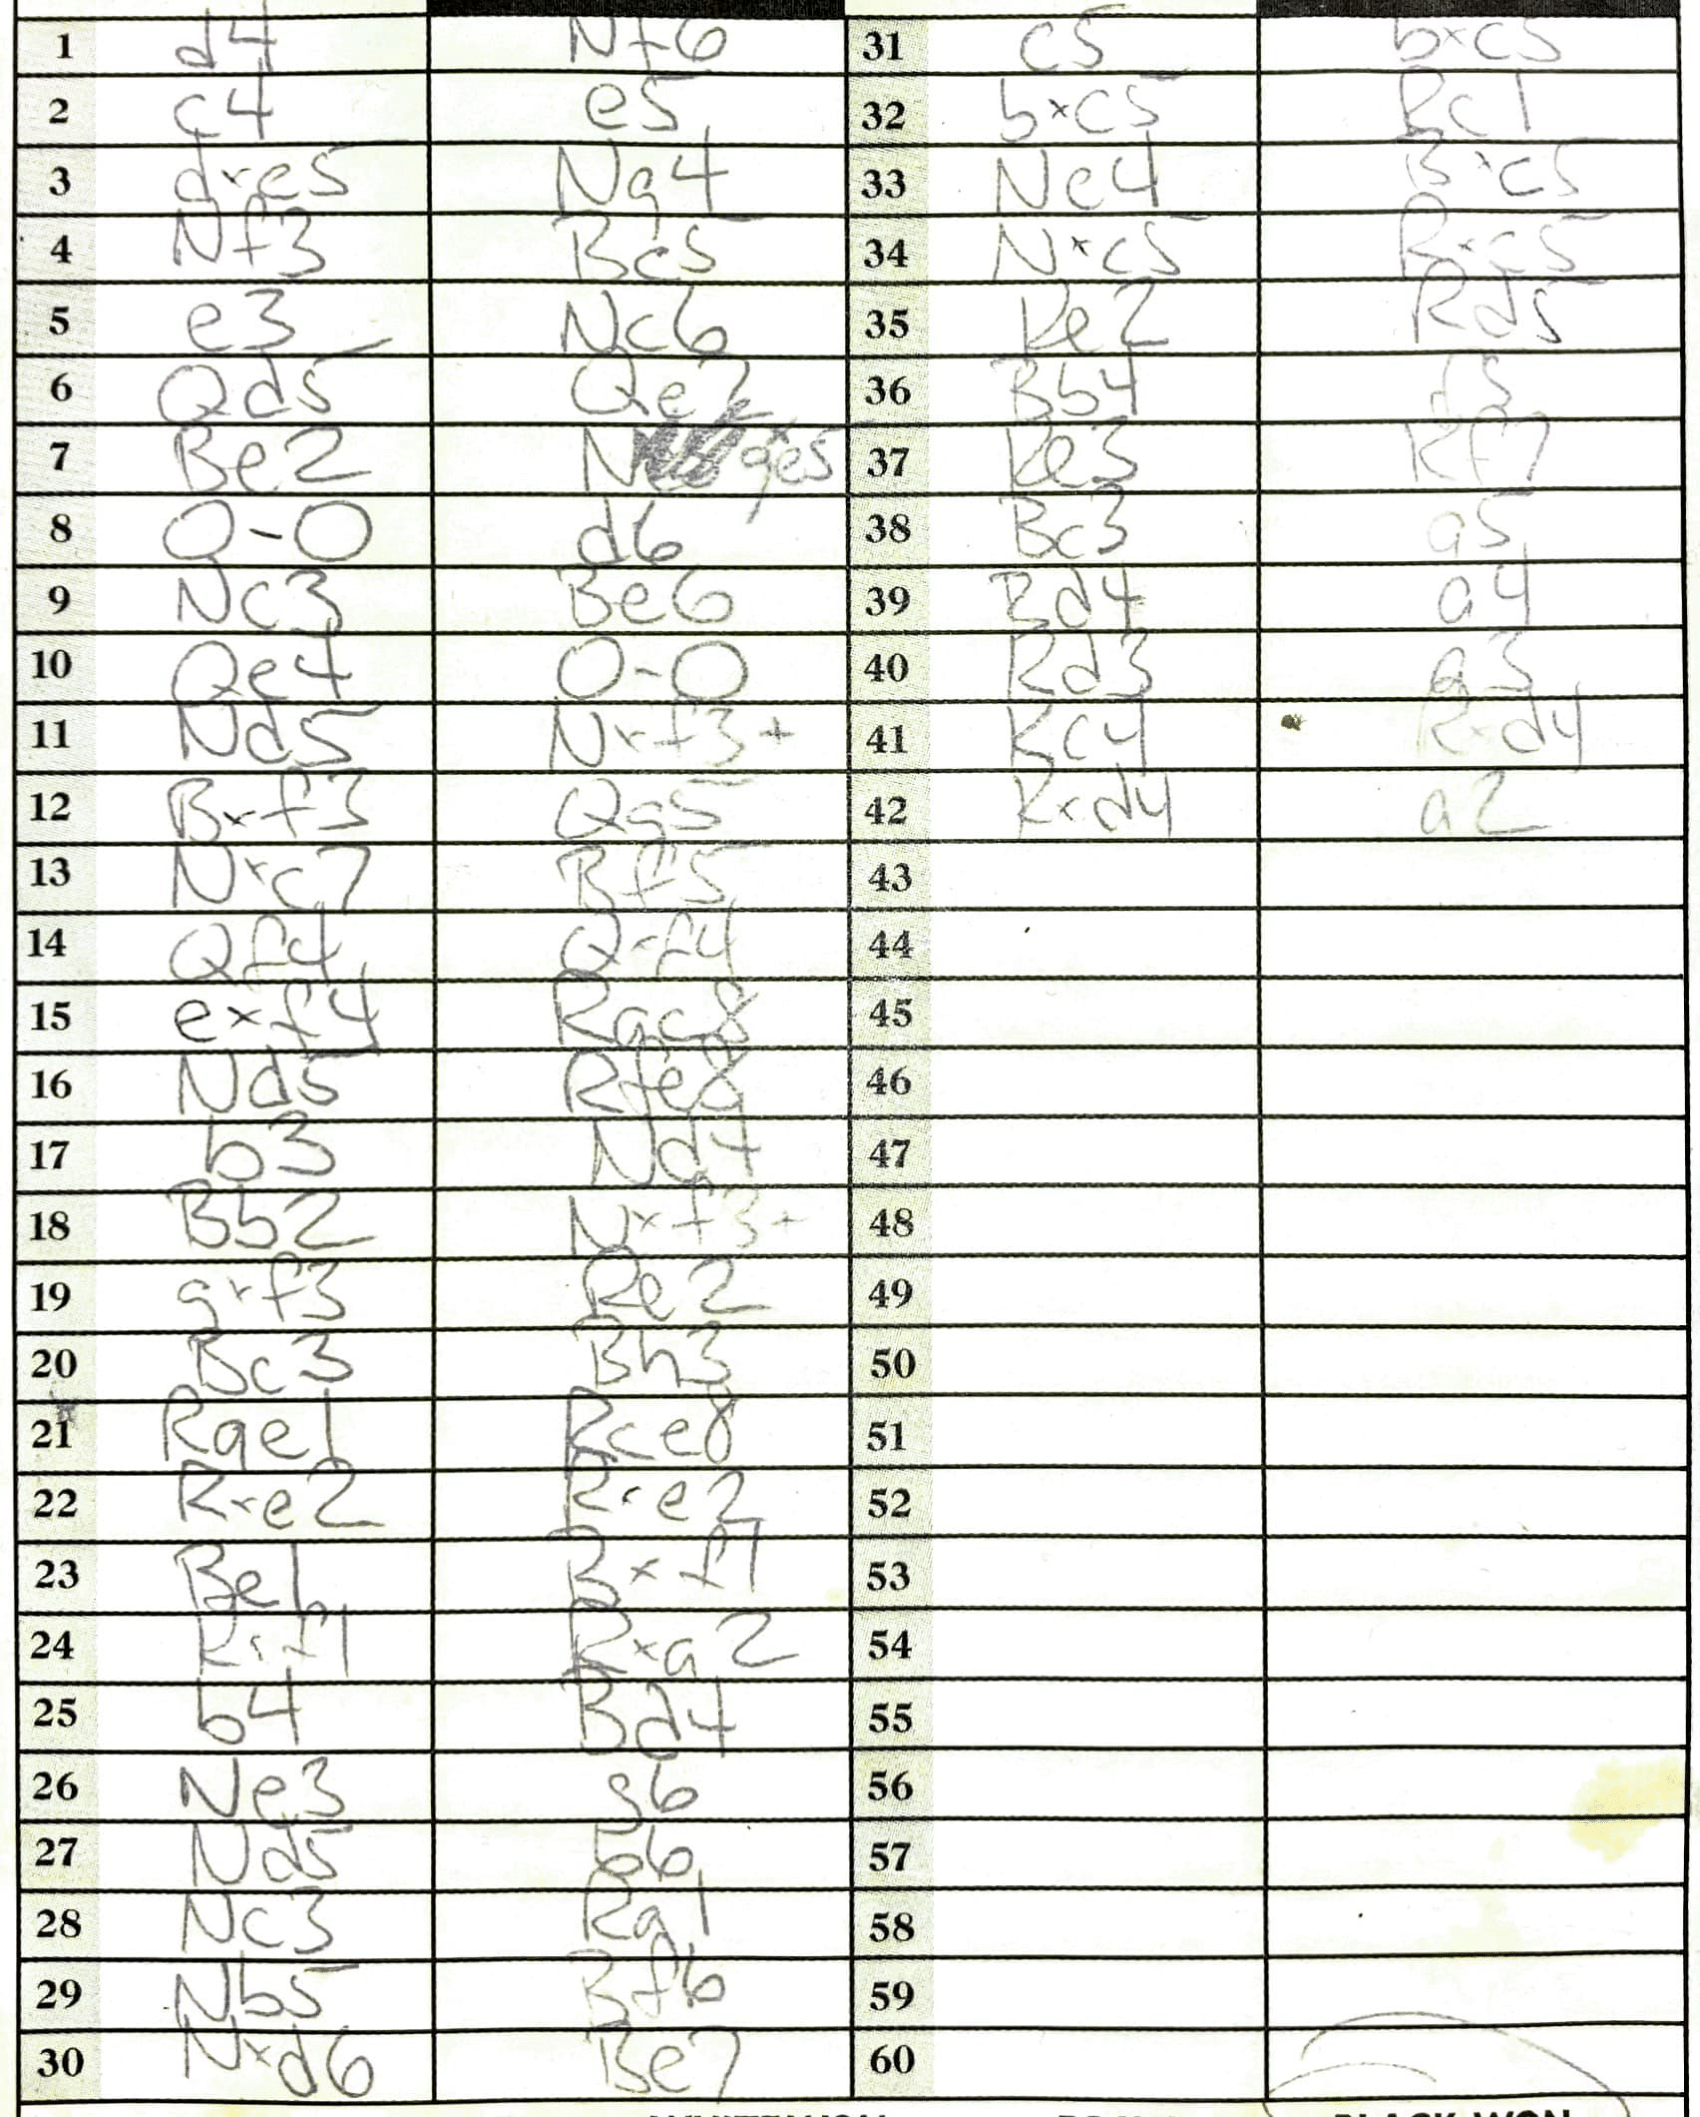
Moves: d4 Nf6 c4 e5 dxe5 Ng4 Nf3 Bc5 e3 Nc6 Qd5 Qe2 Be2 O-O d6 Nc3 Be6 Qe4 O-O Nd5 Nxf3+ Bxf3 Qg5 Nxc7 Bf5 Qf4 Qxf4 exf4 Rac8 Nd5 Rfe8 b3 Nd4 Bb2 Nxf3+ gxf3 Re2 Bc3 Bh3 Rge1 Rce8 Rxe2 Rxe2 Be1 Bxf7 Rf1 Rxa2 b4 Bd4 Ne3 g6 Nd5 b6 Nc3 Ra1 Nb5 Bf6 Nxd6 Be7 c5 bxc5 bxc5 Bc1 Ne4 Bxc5 Nxc5 Rxc5 Re2 Rd5 Bb4 d5 Re3 Kf7 Bc3 a5 Bd4 a4 Rd3 a3 Kc4 Rxd4 Rxd4 a2